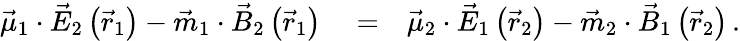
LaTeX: \begin{array}{rlr}{\vec{\mu}_{1}\cdot\vec{E}_{2}\left(\vec{r}_{1}\right)-\vec{m}_{1}\cdot\vec{B}_{2}\left(\vec{r}_{1}\right)}&{{}=}&{\vec{\mu}_{2}\cdot\vec{E}_{1}\left(\vec{r}_{2}\right)-\vec{m}_{2}\cdot\vec{B}_{1}\left(\vec{r}_{2}\right)\, .}\end{array}